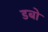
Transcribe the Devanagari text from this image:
डबो